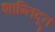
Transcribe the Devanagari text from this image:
शान्तिदूत